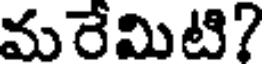
మరేమిటి?